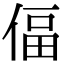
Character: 偪